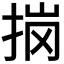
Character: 𭠽